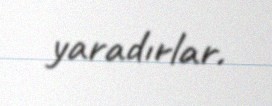
yaradırlar.